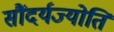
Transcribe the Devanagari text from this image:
सौंदर्यज्योति